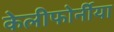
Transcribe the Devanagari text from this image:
केलीफोर्नीया